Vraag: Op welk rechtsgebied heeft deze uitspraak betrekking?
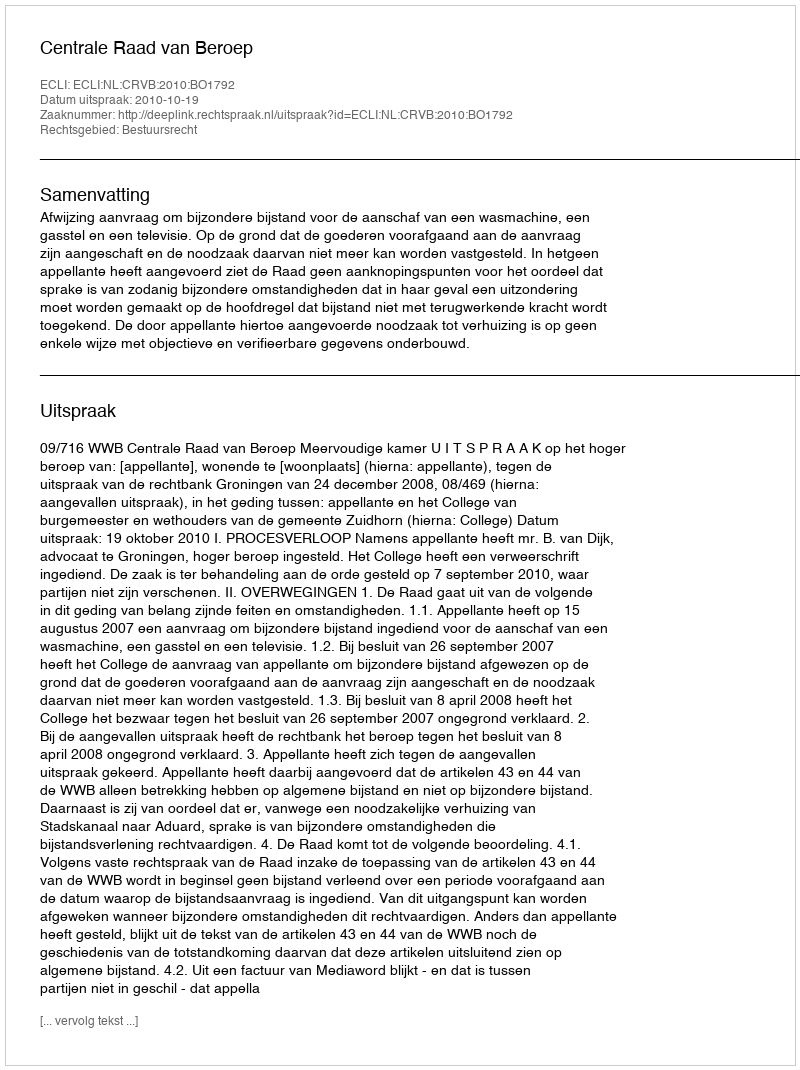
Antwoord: Bestuursrecht